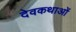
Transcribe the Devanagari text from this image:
देवकथाओं